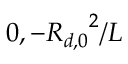
0 , - { R _ { d , 0 } } ^ { 2 } / L